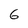
Character: 6